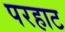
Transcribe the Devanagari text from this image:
परहाट